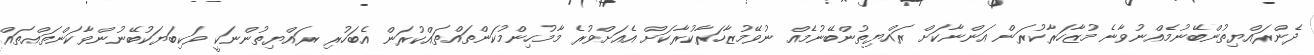
ދެންރައްޔިތުންބޭނުމެއްނުވާނެ މުޒާހަރާކުރަން އަންނާކަށް ރައްޔިތުންބޭނުމެއް ނުވޭމުޒާހަރާކުރާކަށް އެއަށްވުރެ މާމުހިންމުކަންތައްތައްކުރަން އެބަހުރި ރައްޔިތުންނަކީ ވަކިބަޔަކުބޭނުންވާކަންތައްތައް